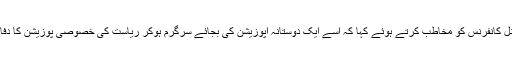
اُنہوں نے نیشنل کانفرنس کو مخاطب کرتے ہوئے کہا کہ اسے ایک دوستانہ اپوزیشن کی بجائے سرگرم ہوکر ریاست کی خصوصی پوزیشن کا دفا کرنا چاہیئے۔